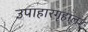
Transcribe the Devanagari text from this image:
उपाहारगृहाला